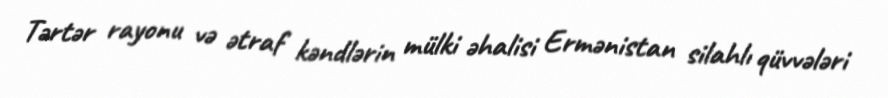
Tərtər rayonu və ətraf kəndlərin mülki əhalisi Ermənistan silahlı qüvvələri